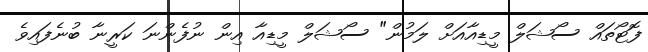
ފޮޓޯތައް ސޯޝަލް މީޑިއާއަށް ލަމުން" ސޯޝަލް މީޑިއާ އިން ނުފެންނަ ކަރީނާ ބުނެފައިވެ